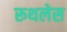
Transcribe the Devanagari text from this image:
रूथलेस